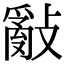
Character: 𢿢